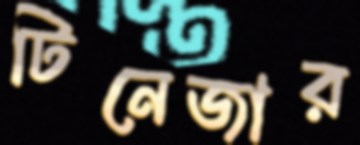
টিনেজার